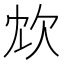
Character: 𣢌